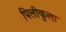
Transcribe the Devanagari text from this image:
पिलीकुला